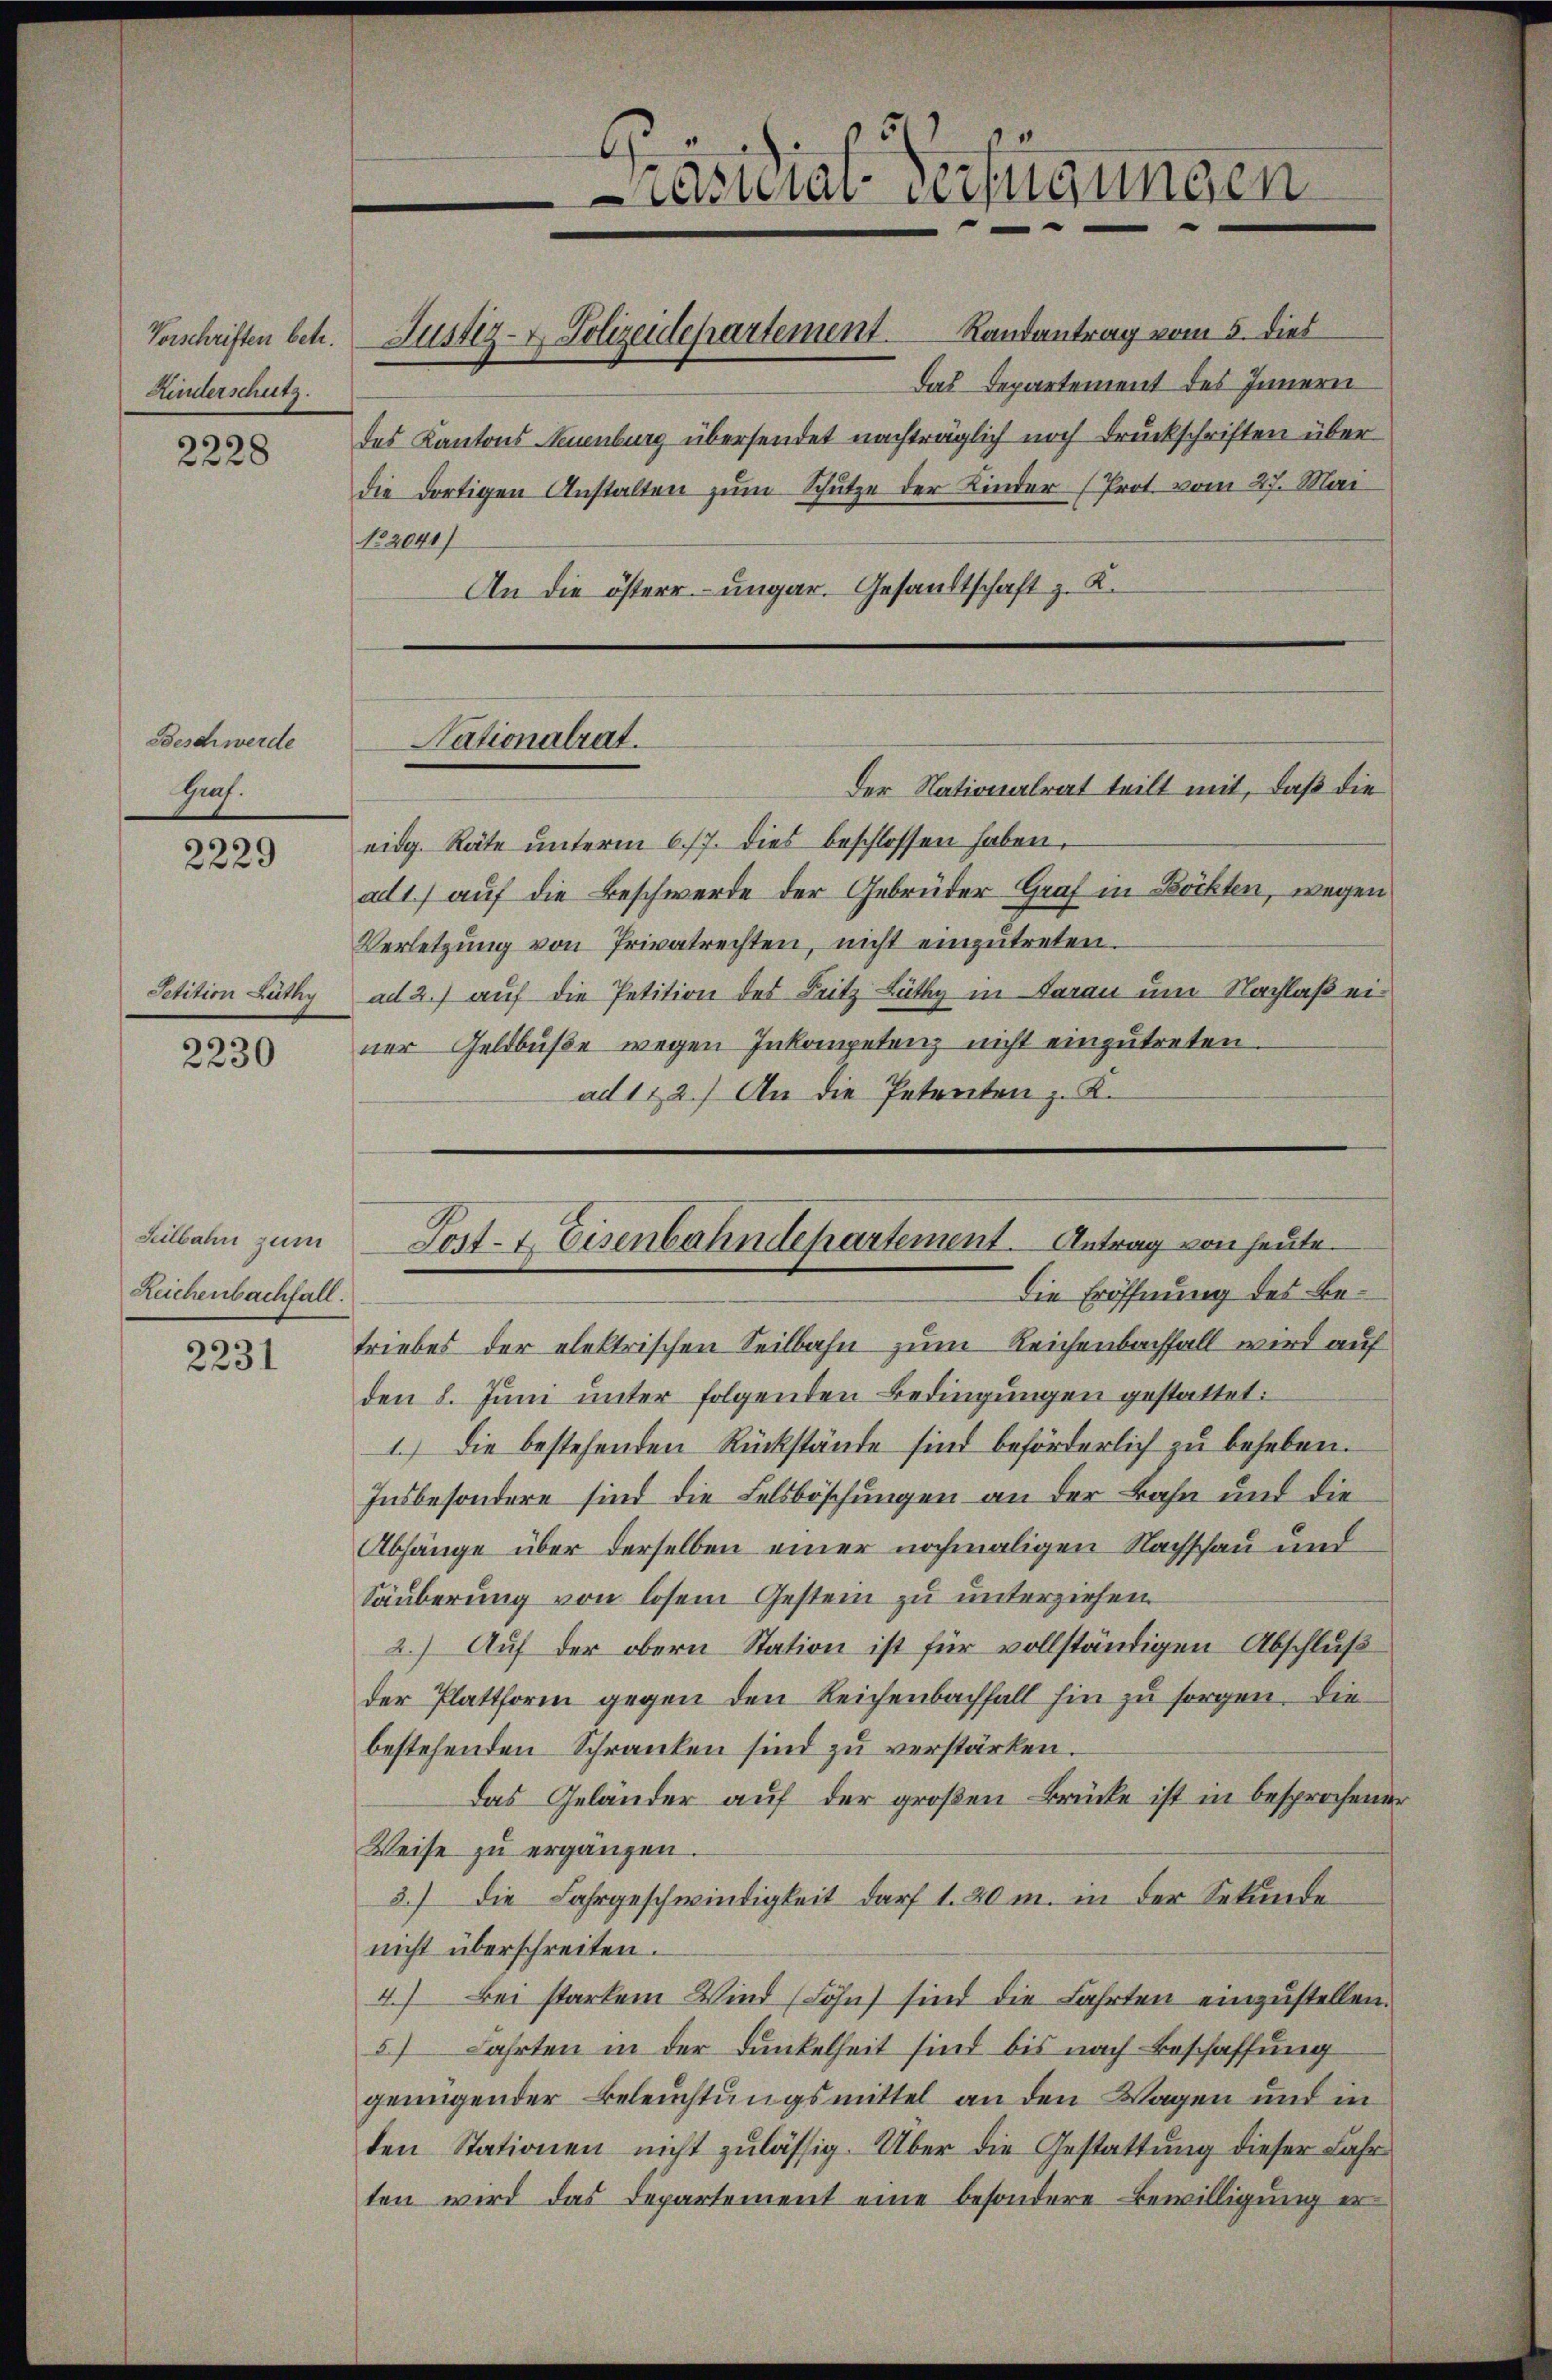
Kinderschutz.

Beschwerde
Hs.

2229

Petition Lüthy

2230

Seilbahn zum
Zeichenbachfall.
2231

Das Departement des Innern
An die österr. ungar. Gesandtschaft z. K.

Vorschriften betr. Justiz- & Polizeidepartement. Landantrag vom 5. dies
535 des Kantons Neuenburg übersendet nachträglich noch Druckschriften über
die dortigen Anstalten zum Schütze der Kinder (Prot. vom 27. Mai
No. 2041/

der Nationalrat teilt mit, daß die
eidg. Räte unterm 6./7. dies beschlossen haben,
ad 1.) auf die Beschwerde der Gebrüder Graf in Böckten, wegen
Verletzŭng von Privatrechten, nicht einzŭtreten.
ad 2.) auf die Petition des Leitz Lüthy in Daran um Nachlaß einer Geldbuße wegen Inkompetenz nicht einzutreten.
ad 112.) An die Petenten z. K.

Nationalrat.

u
Curat erfügungen

Tost- & Eisenbahndepartement. Antrag von heute.

Die Eröffnung des Betriebes der elektrischen Seilbahn zum Reichenbachfall wird auf
den 8. Juni unter folgenden Bedingungen gestattet:
1.) Die bestehenden Rückstände sind beförderlich zu beheben.
Insbesondere sind die Felsböschungen an der Bahn und die¬
Abhänge über derselben einer nochmaligen Nachschau und
Säuberung von losem Gestern zu unterziehen
2.) Auf der obern Station ist für vollständigen Abschluß
der Plattform gegen den Reichenbachfall hin zu sorgen. Die
bestehenden Schranken sind zu verstärken.
Das Geländer auf der großen Brücke ist in besprochener
Weise zu ergänzen.
3.) Die Fahrgeschwindigkeit darf 1. 20 m. in der Sekunde
nicht überschreiten.
4.) Bei starkem Wind (Sohn sind die Fahrten einzustellen.
5) Fahrten in der Dunkelheit sind bis nach Beschaffung
genügender Beleuchtungsmittel an den Wagen und in
den Stationen nicht zulässig. Über die Gestattung dieser Fahr
ten wird das Departement eine besondere Bewilligung er